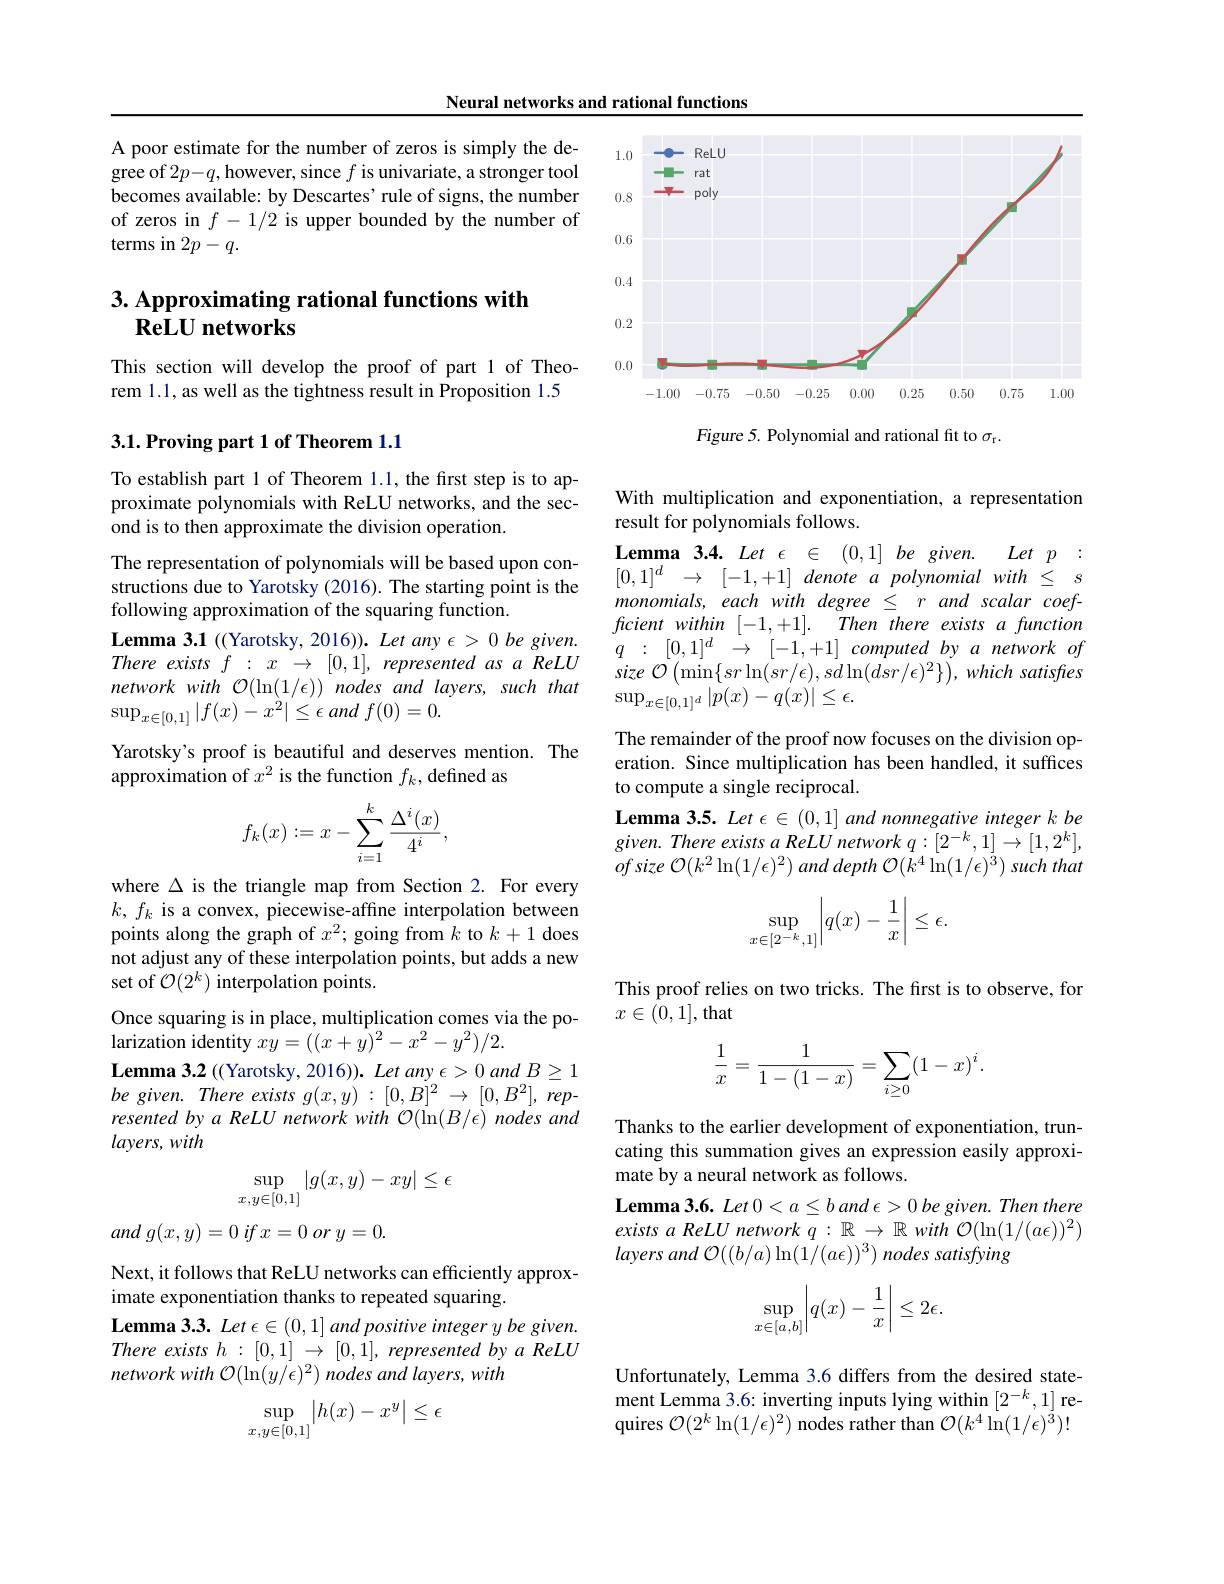
Neural networks and rational functions

A poor estimate for the number of zeros is simply the degree of $2p-q$,however, since $f$ is univariate, a stronger tool becomes available: by Descartes' rule of signs, the number of zeros in $f-1/2$ is upper bounded by the number of terms in $2p-q.$

# 3. Approximating rational functions with $\textbf{ReLU networks}$

This section will develop the proof of part 1 of Theorem 1.1, as well as the tightness result in Proposition 1.5

## $3. 1. \textbf{Proving part 1 of Theorem 1. 1}$

To establish part 1 of Theorem 1.1, the first step is to approximate polynomials with ReLU networks, and the second is to then approximate the division operation

The representation of polynomials will be based upon constructions due to Yarotsky (2016). The starting point is the following approximation of the squaring function.
Lemma 3.1 ((Yarotsky, 2016)). Let any $\epsilon > 0\textit{be given. }$ There exists $f:x\to[0,1],representedasaReLU$ network with $\mathcal{O}(\ln(1/\epsilon))$ nodes and layers, such that $\sup _{x\in [ 0, 1] }| f( x) - x^{2}| \leq \epsilon$ and $f( 0) = 0.$
Yarotsky's proof is beautiful and deserves mention. The
approximation of $x^2$ is the function $f_k$,defined as
$$f_k(x):=x-\sum_{i=1}^k\frac{\Delta^i(x)}{4^i},$$
where $\Delta$ is the triangle map from Section 2. For every $k,f_k$ is a convex, piecewise-affine interpolation between points along the graph of $x^2;$ going from $k+1$ does not adjust any of these interpolation points, but adds a new set of $\mathcal{O}(2^k)$ interpolation points.
Once squaring is in place, multiplication comes via the po-
$\hat{\text{larization identity }xy}=((x+\tilde{y})^{2}-x^{2}-y^{2})/2.$
$\textbf{Lemma 3. 2 ( ( Yarotsky, 2016) ) . Let any }\epsilon > 0$ and $B\geq1$ $be$ given. There exists $g(x,y):[0,B]^2\to[0,B^2]$, represented by $a$ ReLU network with $\mathcal{O}(\ln(B/\epsilon)$ nodes and $layers,with$
$$\sup\limits_{x,y\in[0,1]}|g(x,y)-xy|\leq\epsilon $$
and $g( x, y) = 0$ $if$ $x= 0$ $or$ $y= 0.$

Next, it follows that ReLU networks can efficiently approx-
imate exponentiation thanks to repeated squaring.
$\textbf{Lemma 3. 3. Let }\epsilon \in ( 0, 1] \textit{and positive integer y be given. }$ There exists $h:[0,1]\to[0,1]$, represented by a ReLU network with O(ln(y/є)2) nodes and layers, with
$$\sup\limits_{x,y\in[0,1]}\left|h(x)-x^y\right|\leq\epsilon $$
<FigureHere>

Figure 5. Polynomial and rational fit to $\sigma_\mathrm{r}.$

With multiplication and exponentiation, a representation
result for polynomials follows.

Lemma 3.4. Let $\epsilon \in ( 0, 1] \textit{be given. Let p}:$ $[ 0, 1] ^d$ $\to$ [-1,+1] denote $a$ polynomial $with \leq$ $s$ monomials, each with degree $\leq r$ and scalar coefficient within [-1,+1]. Then there exists a function $q$ : $[ 0, 1] ^{d}$ $\to$ [-1,+1] computed $by$ $a$ network $of$ size ${\mathcal{O} }\left ( \min \{ sr\ln ( sr/ \epsilon ) , s\dot{d} \ln ( dsr/ \epsilon ) ^{2}\} \right ) $, which satisfes $\sup_{x\in[0,1]^d}|p(x)-q(x)|\leq\epsilon.$

The remainder of the proof now focuses on the division operation. Since multiplication has been handled, it suffices to compute a single reciprocal.
Lemma 3.5. Let $\epsilon\in(0,1]$ and nonnegative integer k be ofsize ${\mathcal{O} }( k^{2}\ln ( 1/ \epsilon ) ^{2})$ and depth ${\mathcal{O} }( k^{4}\ln ( 1/ \epsilon ) ^{3})$ such that
$$\sup\limits_{x\in[2^{-k},1]}\Bigg|q(x)-\frac{1}{x}\Bigg|\leq\epsilon.$$
This proof relies on two tricks. The first is to observe, for
$x\in\bar{(0,1]}$,that
$$\dfrac{1}{x}=\dfrac{1}{1-(1-x)}=\sum_{i\ge0}(1-x)^i.$$
Thanks to the earlier development of exponentiation, truncating this summation gives an expression easily approximate by a neural network as follows.
Lemma3.6. Let 0<a≤b and €> 0 be given. Then there existsaReLU network $q:\mathbb{R}\to\mathbb{R}$ with $\mathcal{O}(\ln(1/(a\epsilon))^2)$
$$\sup\limits_{x\in[a,b]}\left|q(x)-\frac{1}{x}\right|\leq2\epsilon.$$
Unfortunately, Lemma 3.6 differs from the desired statement Lemma 3.6: inverting inputs lying within $[2^{-k},1]$ requires $\mathcal{O}(2^k\ln(1/\epsilon)^2)$ nodes rather than $\mathcal{O}(k^4\ln(1/\epsilon)^3)!$